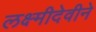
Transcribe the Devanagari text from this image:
लक्ष्मीदेवीने